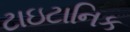
ટાઇટાનિક